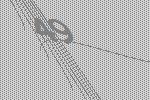
49